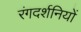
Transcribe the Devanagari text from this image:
रंगदर्शनियों